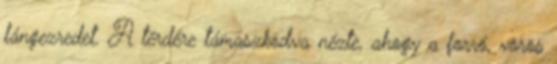
lángezredet. A térdére támaszkodva nézte, ahogy a forró, vörös